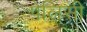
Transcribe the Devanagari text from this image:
पेलिसी